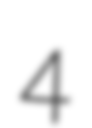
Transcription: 4